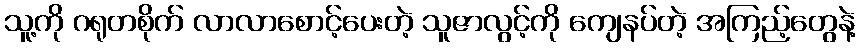
သူ့ကို ဂရုတစိုက် လာလာစောင့်ပေးတဲ့ သူဇာလွင့်ကို ကျေနပ်တဲ့ အကြည့်တွေနဲ့